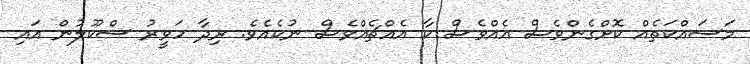
މަސައްކަތެއް ކޮށްގެންވެސް އެއްވެސް ކާ އެއްޗެއްވެސް ނުކެއެވެ. ރިދާ ހަވީރު ސްކޫލުން އައި